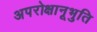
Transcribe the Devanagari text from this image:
अपरोक्षानूभुति